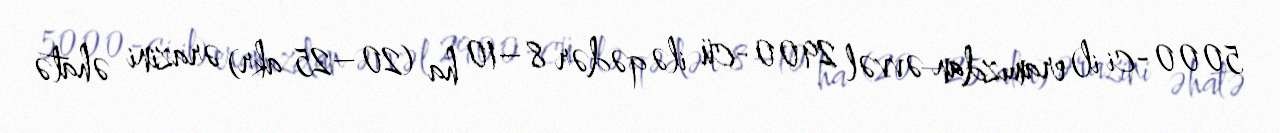
5000-ci il) eramızdan əvvəl 2900-cü ilə qədər 8–10 ha (20–25 akr) ərazini əhatə